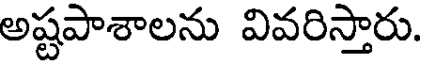
అష్టపాశాలను వివరిస్తారు.